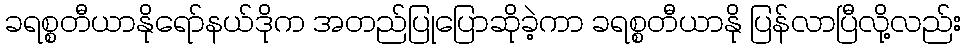
ခရစ္စတီယာနိုရော်နယ်ဒိုက အတည်ပြုပြောဆိုခဲ့ကာ ခရစ္စတီယာနို ပြန်လာပြီလို့လည်း